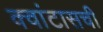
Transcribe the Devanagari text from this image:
क्वांटासची